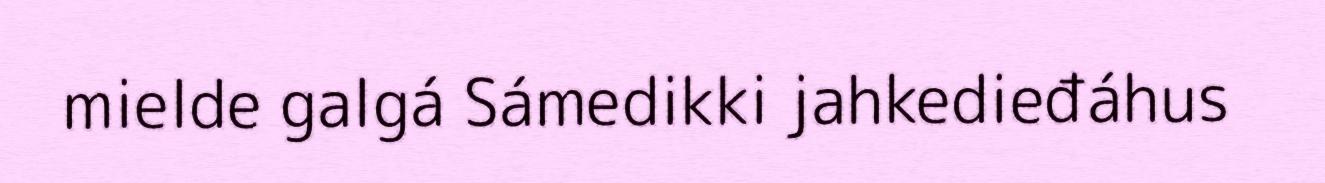
mielde galgá Sámedikki jahkedieđáhus